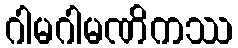
ဂါမဂါမဏိကဿ